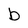
Character: b